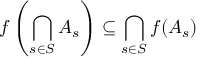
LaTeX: f \left( \bigcap _ { s \in S } A _ { s } \right) \subseteq \bigcap _ { s \in S } f ( A _ { s } )